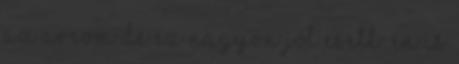
az arcom de ez nagyon jól esett: Én is